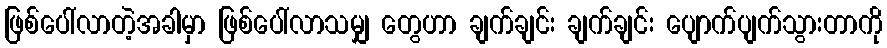
ဖြစ်ပေါ်လာတဲ့အခါမှာ ဖြစ်ပေါ်လာသမျှ တွေဟာ ချက်ချင်း ချက်ချင်း ပျောက်ပျက်သွားတာကို